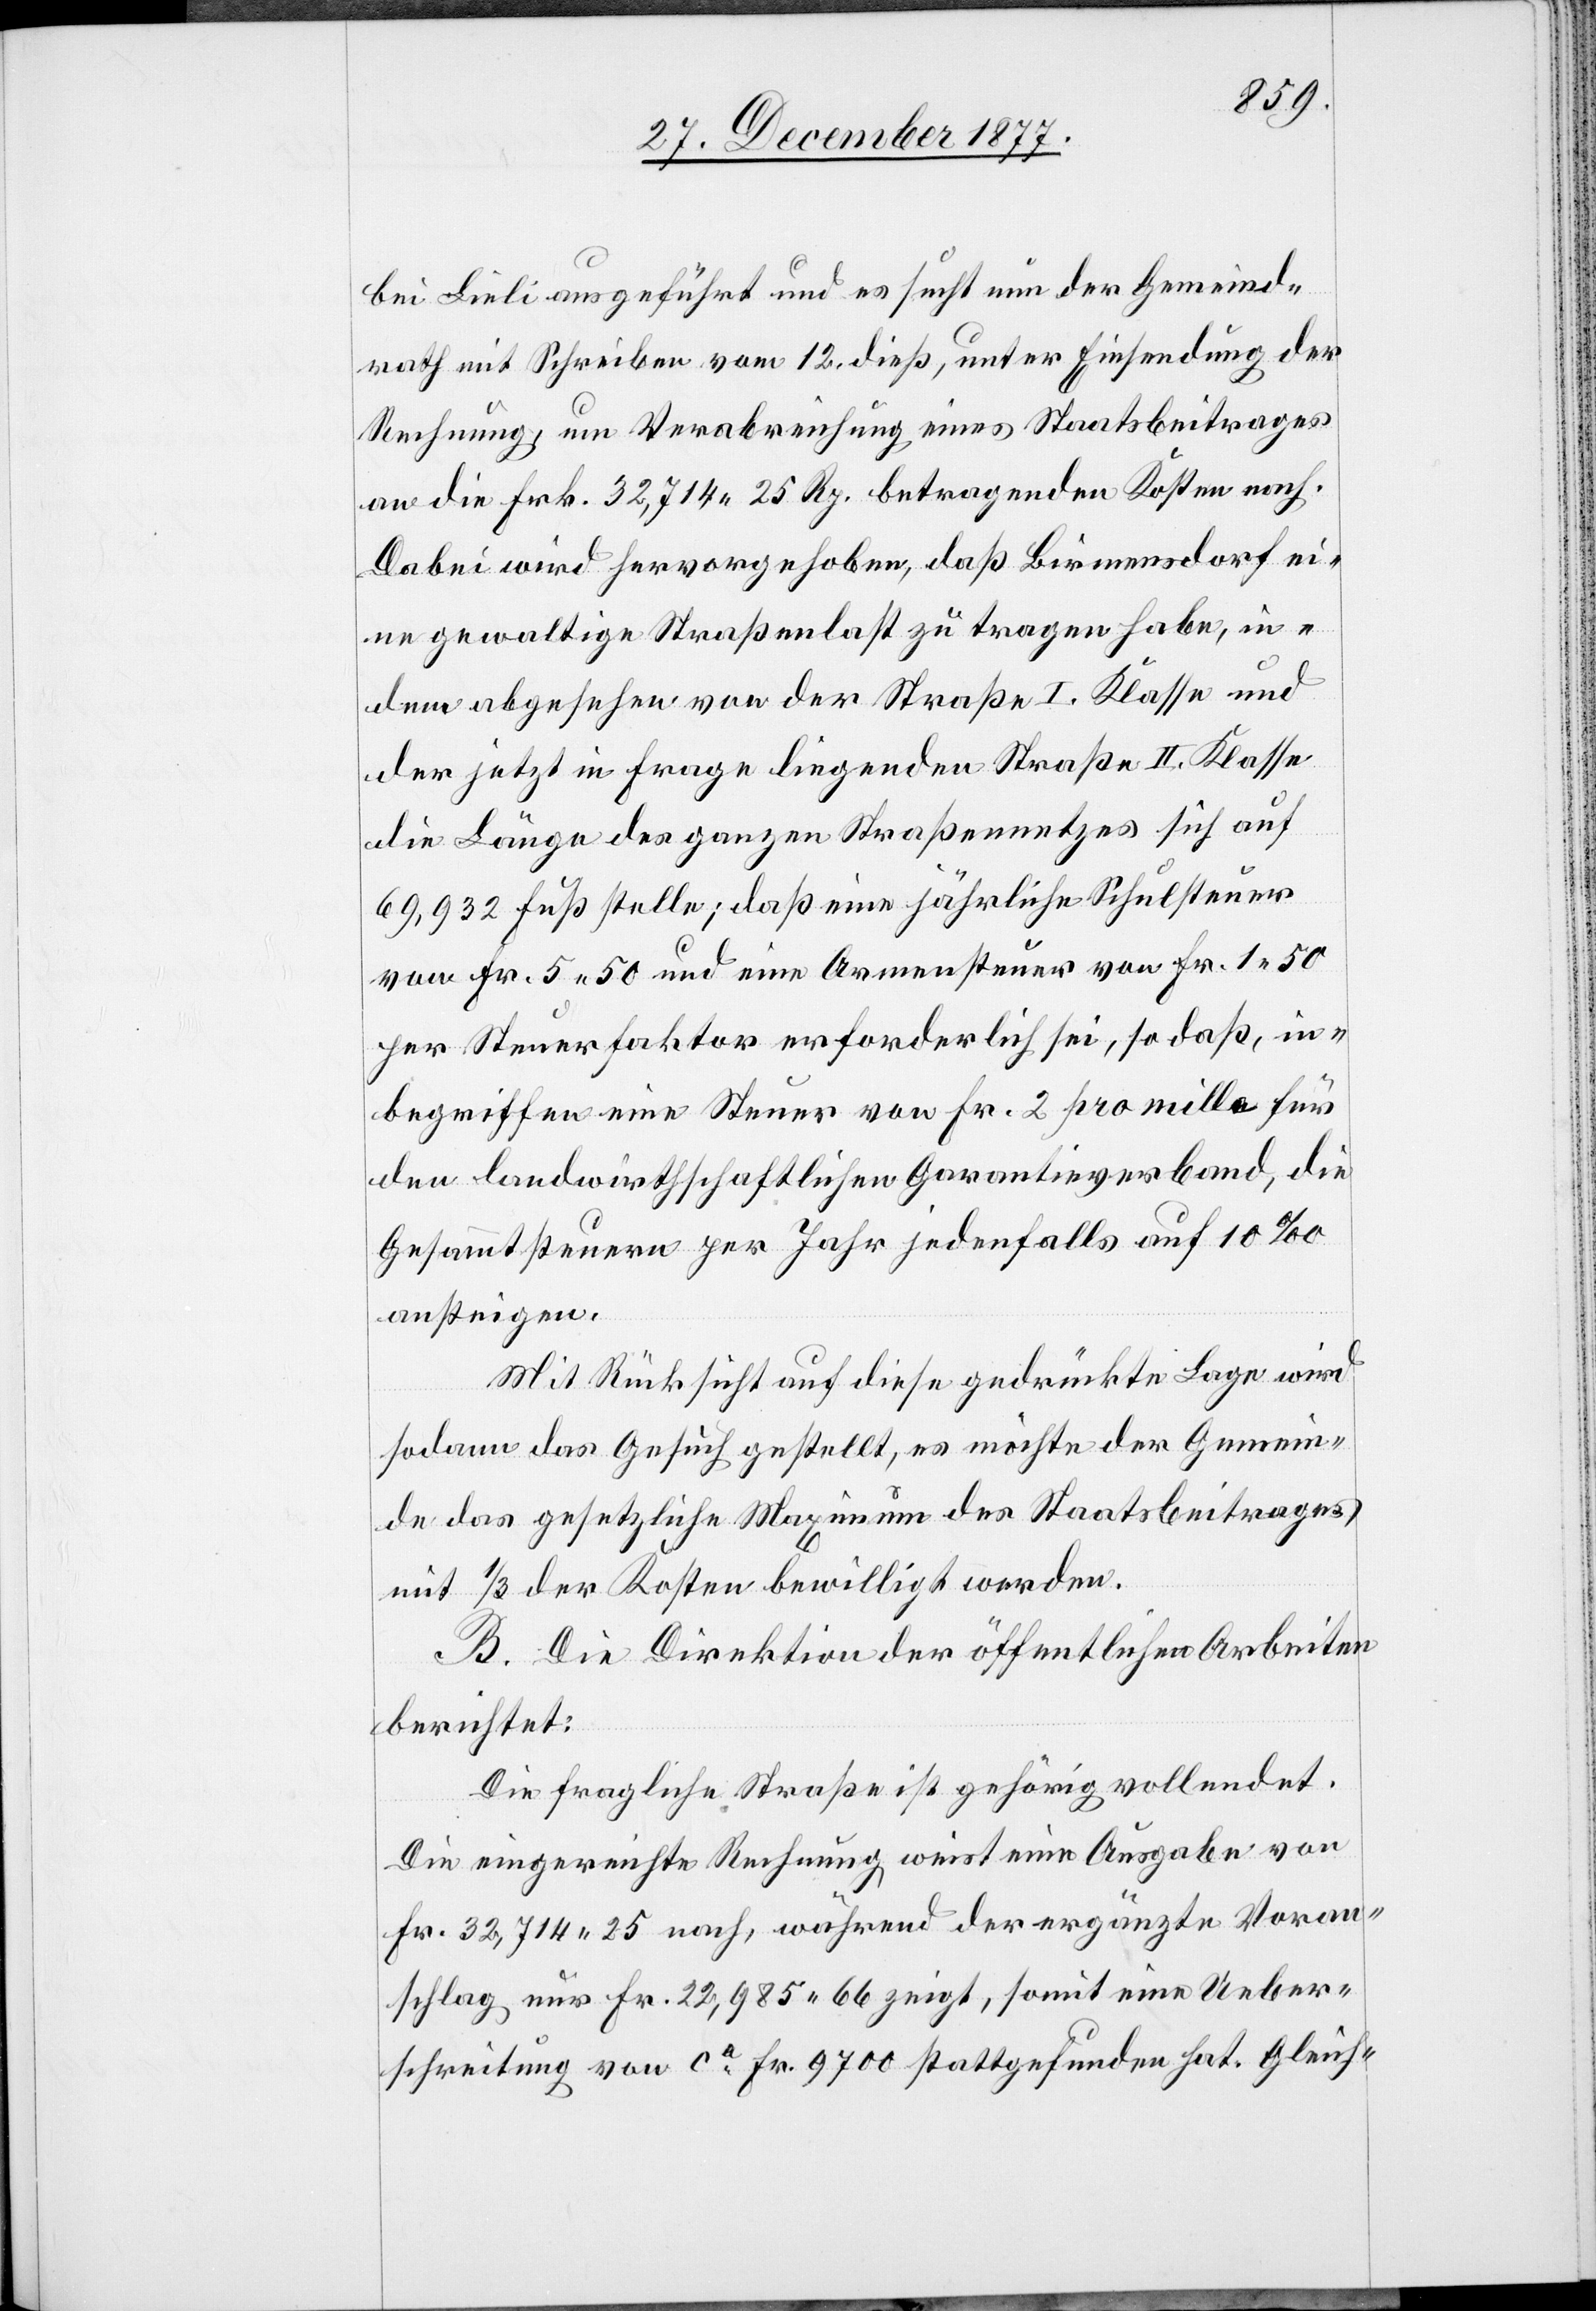
bei Lieli ausgeführt und es sucht nun der Gemeind¬
rath mit Schreiben vom 12. dieß, unter Einsendung der
Rechnung, um Verabreichung eines Staatsbeitrages
an die Frk. 32,714 25 Rp. betragenden Kosten nach.
Dabei wird hervorgehoben, daß Birmensdorf ei¬
ne gewaltige Straßenlast zu tragen habe, in¬
dem abgesehen von der Straße I. Klasse und
der jetzt in Frage liegenden Straße II. Klasse
die Länge des ganzen Straßennetzes sich auf
69,932 Fuß stelle; daß eine jährliche Schulsteuer
von Fr. 5 50 und eine Armensteuer von Fr. 1 50
per Steuerfaktor erforderlich sei, so daß, in¬
begriffen eine Steuer von Fr. 2 pro mille für
den landwirthschaftlichen Garantieverband, die
Gesammtsteuern per Jahr jedenfalls auf 10‰
ansteigen.
Mit Rücksicht auf diese gedrückte Lage wird
sodann das Gesuch gestellt, es möchte der Gemein¬
de das gesetzliche Maximum des Staatsbeitrages
mit 1/3 der Kosten bewilligt werden.
B. Die Direktion der öffentlichen Arbeiten
berichtet:
Die fragliche Straße ist gehörig vollendet.
Die eingereichte Rechnung weist eine Ausgabe von
Fr. 32,714 25 nach, während der ergänzte Voran¬
schlag nur Fr. 22,985 66 zeigt, somit eine Ueber¬
schreitung von ca Fr. 9700 stattgefunden hat. Gleich-